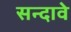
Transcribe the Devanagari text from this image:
सन्दावे